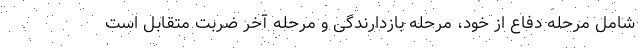
شامل مرحله دفاع از خود، مرحله بازدارندگی و مرحله آخر ضربت متقابل است